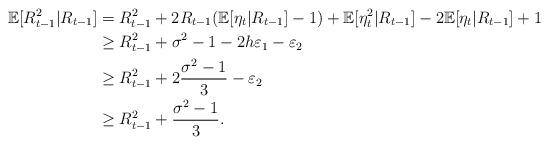
LaTeX: \begin{align*}\mathbb{E}[R^2_{t-1}|R_{t-1}]&=R^2_{t-1}+2R_{t-1}(\mathbb{E}[\eta_t|R_{t-1}]-1)+\mathbb{E}[\eta^2_t|R_{t-1}]-2\mathbb{E}[\eta_t|R_{t-1}]+1\\&\geq R^2_{t-1}+\sigma^2-1-2h\varepsilon_1-\varepsilon_2\\&\ge R^2_{t-1}+2\frac{\sigma^2-1}{3}-\varepsilon_2\\&\geq R^2_{t-1}+\frac{\sigma^2-1}{3}.\end{align*}